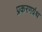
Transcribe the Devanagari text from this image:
प्रकरणग्रंथ